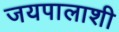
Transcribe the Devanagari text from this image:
जयपालाशी